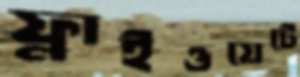
ফ্লাইওয়েটে